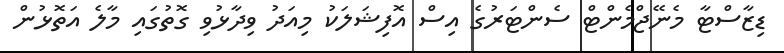
ޑިޒާސްޓާ މެނޭޖްމެންޓް ސެންޓަރުގެ އިސް އޮފިޝަލަކު މިއަދު ވިދާޅުވި ގޮތުގައި މާލެ އަތޮޅުން